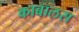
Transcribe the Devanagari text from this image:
काबालस